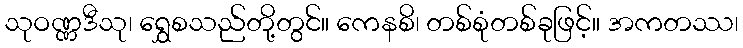
သုဝဏ္ဏဒီသု၊ ရွှေစသည်တို့တွင်။ ကေနစိ၊ တစ်စုံတစ်ခုဖြင့်။ အကတဿ၊